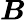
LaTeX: \mathbfit{B}